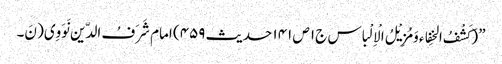
” (کَشْفُ الخِفاء وَمُزِیْلُ الْاِلْباس ج۱ ص ۱۴۱ حدیث ۴۵۹) امام شَرَفُ الدّین نَوَوِی( نَ۔